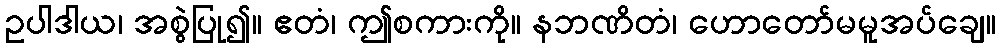
ဥပါဒါယ၊ အစွဲပြု၍။ ဧတံ၊ ဤစကားကို။ နဘဏိတံ၊ ဟောတော်မမူအပ်ချေ။